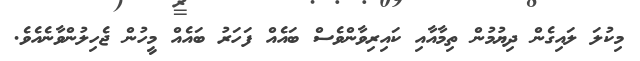
މިކުލަ ލައިގެން ދިޔުމުން ތިމާއާއި ކައިރިވާންވެސް ބައެއް ފަހަރު ބައެއް މީހުން ޖެހިލުންވާނެއެވެ.